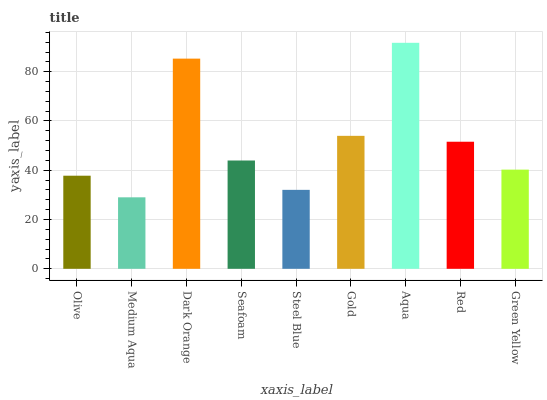
| xaxis_label | bars |
 | --- | --- |
 | Olive | 37.8 |
 | Medium Aqua | 29 |
 | Dark Orange | 85.3 |
 | Seafoam | 44 |
 | Steel Blue | 32 |
 | Gold | 54 |
 | Aqua | 91.7 |
 | Red | 51.6 |
 | Green Yellow | 40.3 |